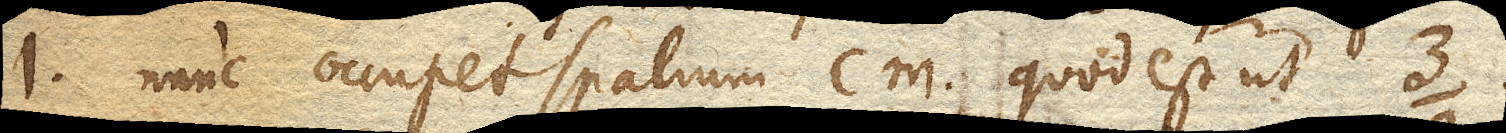
1. nunc occupet spatium cm. quod est ut